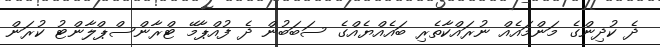
ދެ ކުދިންގެ މަންމައެއް ނުރައްކާތެރި ބައެއްޔެއްގެ ސަބަބުން ދެ ފުއްޕާމޭ ޓްރާންސްޕްލާންޓު ކުރަން